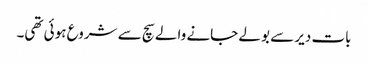
بات دیر سے بولے جانے والے سچ سے شروع ہوئی تھی۔